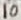
Text: 10